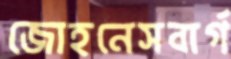
জোহনেসবার্গ